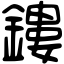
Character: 鏤